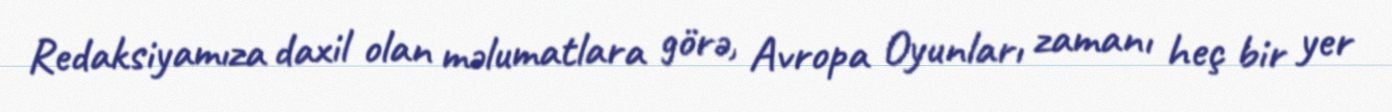
Redaksiyamıza daxil olan məlumatlara görə, Avropa Oyunları zamanı heç bir yer